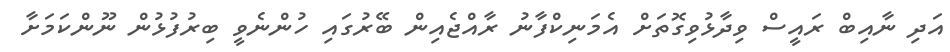
އަދި ނާއިބް ރައީސް ވިދާޅުވިގޮތަށް އެމަނިކްފާނު ރާއްޖެއިން ބޭރުގައި ހުުންނެވީ ބިރުފުޅުން ނޫންކަމަށާ